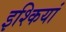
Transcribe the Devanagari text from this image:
इश्कियां